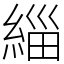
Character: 緇